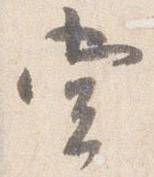
堂